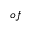
o f